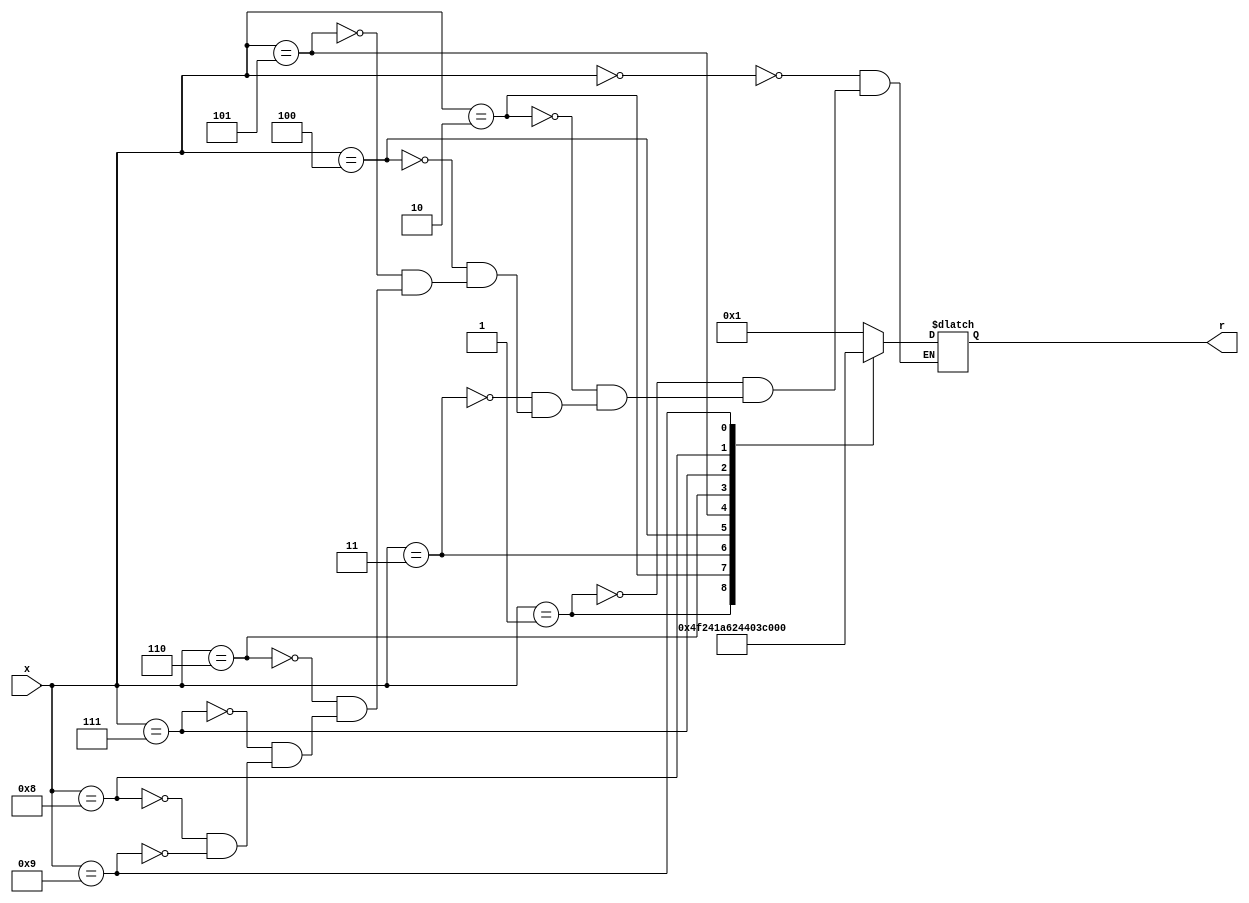
`timescale 1ns / 1ps
//////////////////////////////////////////////////////////////////////////////////
// Company: UT ECE
// UT EID: jcr4698
// 
// Design Name: Stopwatch/Timer
// Module Name: timeToDisplay
// Project Name: Lab 6
// Target Devices: Basys3
// Description:  7 Segment Display for programmable stopwatch/timer.
// Design will be implemented using RTL-design methodology with 4 modes.
// 
//////////////////////////////////////////////////////////////////////////////////


module timeToDisplay(
    input [3:0] x,
    output reg [6:0] r
    );
    
always @(*)
begin
    case(x)
        4'b0000: r = 7'b0000001;
        4'b0001: r = 7'b1001111;
        4'b0010: r = 7'b0010010;
        4'b0011: r = 7'b0000110;
        4'b0100: r = 7'b1001100;
        4'b0101: r = 7'b0100100;
        4'b0110: r = 7'b0100000;
        4'b0111: r = 7'b0001111;
        4'b1000: r = 7'b0000000;
        4'b1001: r = 7'b0000100;
    endcase
end 
endmodule